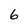
Character: 6